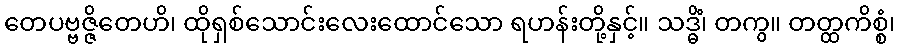
တေပဗ္ဗဇ္ဇိတေဟိ၊ ထိုရှစ်သောင်းလေးထောင်သော ရဟန်းတို့နှင့်။ သဒ္ဓိံ၊ တကွ။ တတ္ထကိစ္စံ၊